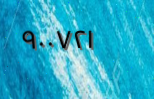
٩٠٠٧٢١